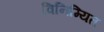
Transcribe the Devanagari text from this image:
विनिम्यित